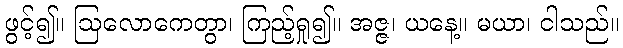
ဖွင့်၍။ ဩလောကေတွာ၊ ကြည့်ရှု၍။ အဇ္ဇ၊ ယနေ့။ မယာ၊ ငါသည်။